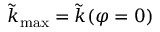
\tilde { k } _ { \mathrm { m a x } } = \tilde { k } ( \varphi = 0 )